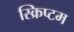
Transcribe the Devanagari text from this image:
स्क्रिप्टम